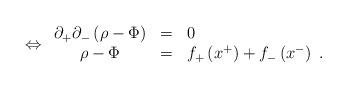
LaTeX: \begin{align*}\Leftrightarrow\begin{array}{ccl}\partial_+\partial_-\left(\rho-\Phi\right)&=&0\\\rho-\Phi&=&f_+\left(x^+\right)+f_-\left(x^-\right)\;.\end{array}\end{align*}